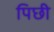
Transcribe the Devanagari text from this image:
पिछी